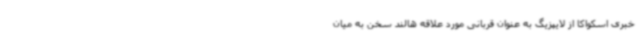
خبری اسکواکا از لایپزیگ به عنوان قربانی مورد علاقه هالند سخن به میان